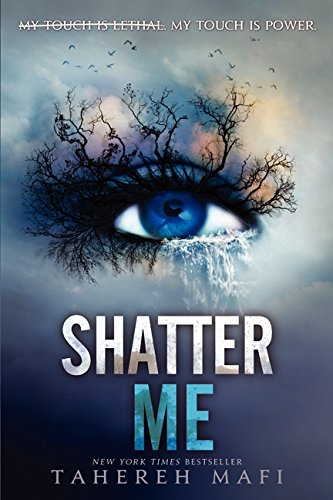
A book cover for Shatter Me; Tahereh Mafi; Teen & Young Adult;